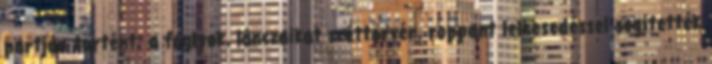
partján történt; a foglyok, lánczaikat széttörvén, roppant lelkesedéssel segítették